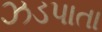
ઝડપાતા